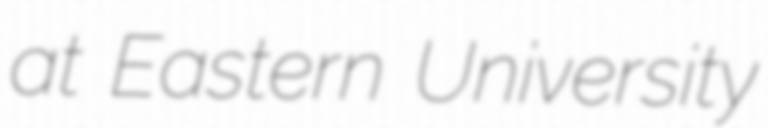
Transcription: at Eastern University